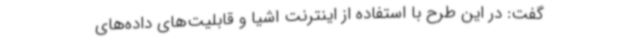
گفت: در این طرح با استفاده از اینترنت اشیا و قابلیت‌های داده‌های